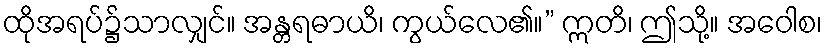
ထိုအရပ်၌သာလျှင်။ အန္တရဓာယိ၊ ကွယ်လေ၏။” ဣတိ၊ ဤသို့။ အဝေါစ၊